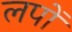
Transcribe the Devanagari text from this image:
लपों